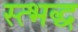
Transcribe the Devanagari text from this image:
स्त्भद्ध